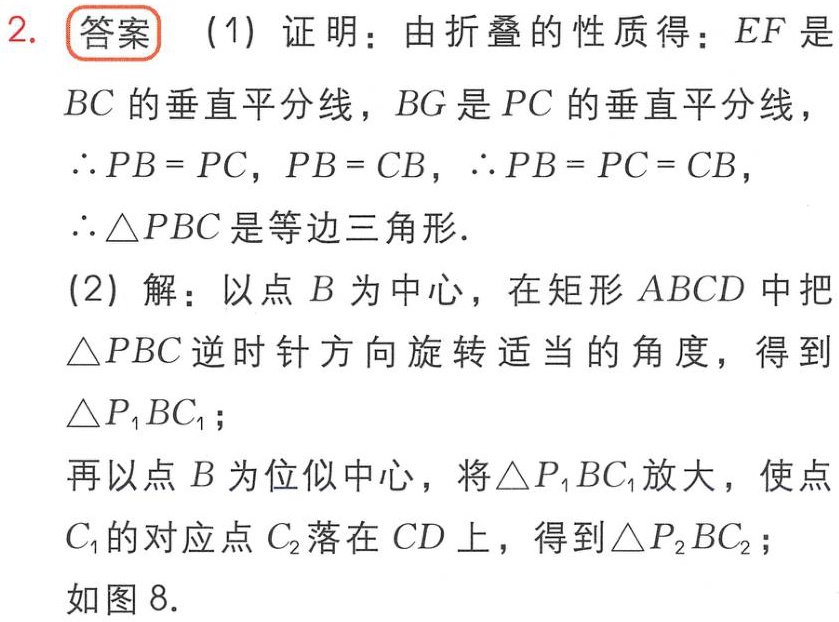
2. **答案**
(1) 证明：由折叠的性质得：\(EF\)是\(BC\)的垂直平分线，\(BG\)是\(PC\)的垂直平分线，
\(\therefore PB = PC\)，\(PB = CB\)，\(\therefore PB = PC = CB\)，
\(\therefore\triangle PBC\)是等边三角形.
(2) 解：以点\(B\)为中心，在矩形\(ABCD\)中把\(\triangle PBC\)逆时针方向旋转适当的角度，得到\(\triangle P_{1}BC_{1}\)；
再以点\(B\)为位似中心，将\(\triangle P_{1}BC_{1}\)放大，使点\(C_{1}\)的对应点\(C_{2}\)落在\(CD\)上，得到\(\triangle P_{2}BC_{2}\)；
如图8.